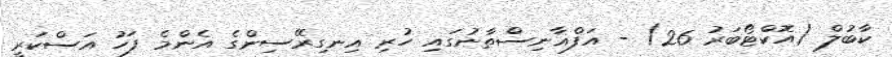
ކާބުލް (އޮކްޓޯބަރު 26) - އަފްޣާނިސްތާނުގައި ހުރި އިނގިރޭސިންގެ އެންމެ ފަހު އަސްކަރީ